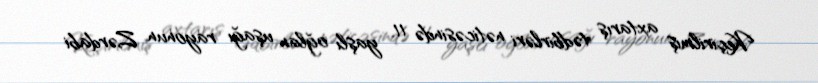
Keçirilmiş axtarış tədbirləri nəticəsində 11 yaşlı oğlan uşağı rayonun Zərdabi